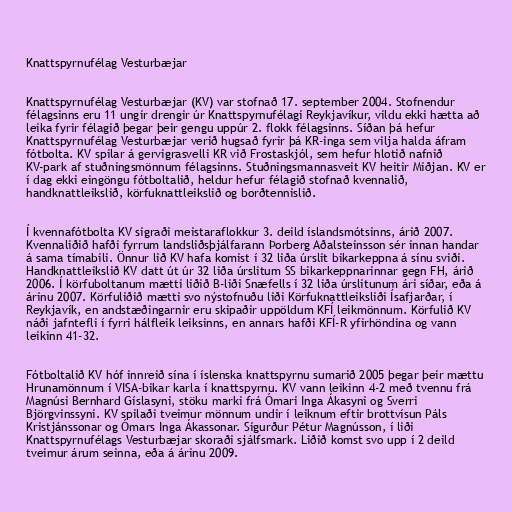
Knattspyrnufélag Vesturbæjar

Knattspyrnufélag Vesturbæjar (KV) var stofnað 17. september 2004. Stofnendur
félagsinns eru 11 ungir drengir úr Knattspyrnufélagi Reykjavíkur, vildu ekki hætta að
leika fyrir félagið þegar þeir gengu uppúr 2. flokk félagsinns. Síðan þá hefur
Knattspyrnufélag Vesturbæjar verið hugsað fyrir þá KR-inga sem vilja halda áfram
fótbolta. KV spilar á gervigrasvelli KR við Frostaskjól, sem hefur hlotið nafnið
KV-park af stuðningsmönnum félagsinns. Stuðningsmannasveit KV heitir Miðjan. KV er
í dag ekki eingöngu fótboltalið, heldur hefur félagið stofnað kvennalið,
handknattleikslið, körfuknattleikslið og borðtennislið.

Í kvennafótbolta KV sigraði meistaraflokkur 3. deild íslandsmótsinns, árið 2007.
Kvennaliðið hafði fyrrum landsliðsþjálfarann Þorberg Aðalsteinsson sér innan handar
á sama tímabili. Önnur lið KV hafa komist í 32 liða úrslit bikarkeppna á sínu sviði.
Handknattleikslið KV datt út úr 32 liða úrslitum SS bikarkeppnarinnar gegn FH, árið
2006. Í körfuboltanum mætti liðið B-liði Snæfells í 32 liða úrslitunum ári síðar, eða á
árinu 2007. Körfuliðið mætti svo nýstofnuðu liði Körfuknattleiksliði Ísafjarðar, í
Reykjavík, en andstæðingarnir eru skipaðir uppöldum KFÍ leikmönnum. Körfulið KV
náði jafntefli í fyrri hálfleik leiksinns, en annars hafði KFÍ-R yfirhöndina og vann
leikinn 41-32.

Fótboltalið KV hóf innreið sína í íslenska knattspyrnu sumarið 2005 þegar þeir mættu
Hrunamönnum í VISA-bikar karla í knattspyrnu. KV vann leikinn 4-2 með tvennu frá
Magnúsi Bernhard Gíslasyni, stöku marki frá Ómari Inga Ákasyni og Sverri
Björgvinssyni. KV spilaði tveimur mönnum undir í leiknum eftir brottvísun Páls
Kristjánssonar og Ómars Inga Ákassonar. Sigurður Pétur Magnússon, í liði
Knattspyrnufélags Vesturbæjar skoraði sjálfsmark. Liðið komst svo upp í 2 deild
tveimur árum seinna, eða á árinu 2009.